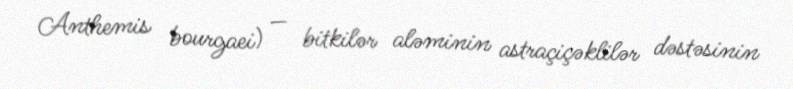
Anthemis bourgaei) — bitkilər aləminin astraçiçəklilər dəstəsinin